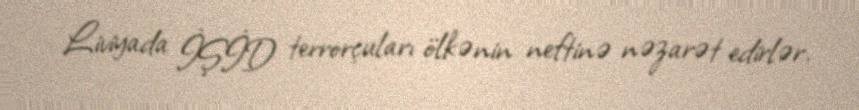
Liviyada İŞİD terrorçuları ölkənin neftinə nəzarət edirlər.